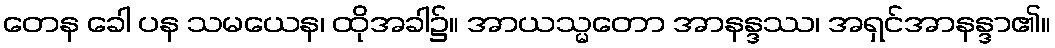
တေန ခေါ ပန သမယေန၊ ထိုအခါ၌။ အာယသ္မတော အာနန္ဒဿ၊ အရှင်အာနန္ဒာ၏။